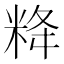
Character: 𥹪